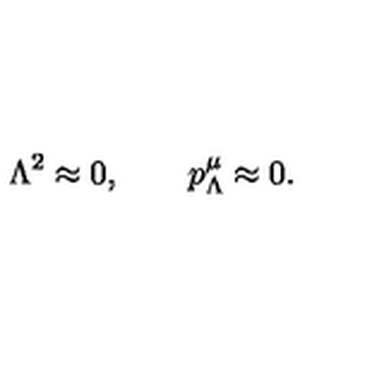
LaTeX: \Lambda ^ { 2 } \approx 0 , \qquad p _ { \Lambda } ^ { \mu } \approx 0 .